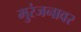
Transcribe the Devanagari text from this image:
मुरंजनावर